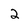
Character: 2